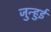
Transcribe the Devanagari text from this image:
जुन्हुई